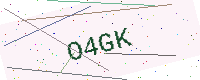
Text: O4GK